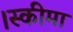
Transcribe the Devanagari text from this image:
।स्कीमा